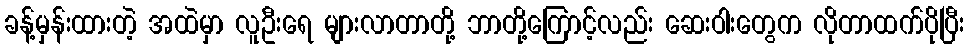
ခန့်မှန်းထားတဲ့ အထဲမှာ လူဦးရေ များလာတာတို့ ဘာတို့ကြောင့်လည်း ဆေးဝါးတွေက လိုတာထက်ပိုပြီး